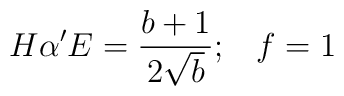
H\alpha' E=\frac{b+1}{2\sqrt{b}};\;\;\;f=1